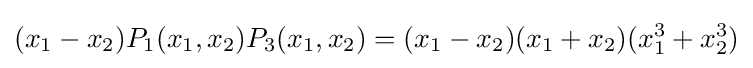
(x_{1}-x_{2})P_{1}(x_{1},x_{2})P_{3}(x_{1},x_{2})=(x_{1}-x_{2})(x_{1}+x_{2})(x_{1}^{3}+x_{2}^{3})